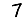
Digit: 7